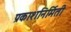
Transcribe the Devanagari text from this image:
प्रकाशनिर्मिती